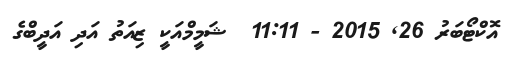
އޮކްޓޯބަރު 26